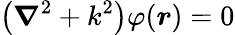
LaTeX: \left(\boldsymbol{\nabla}^{2}+k^{2}\right)\varphi(\boldsymbol{r})=0